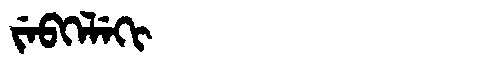
Manchu: ᠵᡝᠪᡴᡝᠯᡝᡴᡳ
Romanization: JEBKELEKI